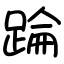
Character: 踚